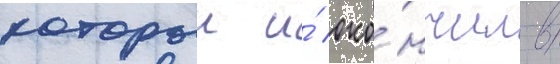
которыи и́ око́нчил в